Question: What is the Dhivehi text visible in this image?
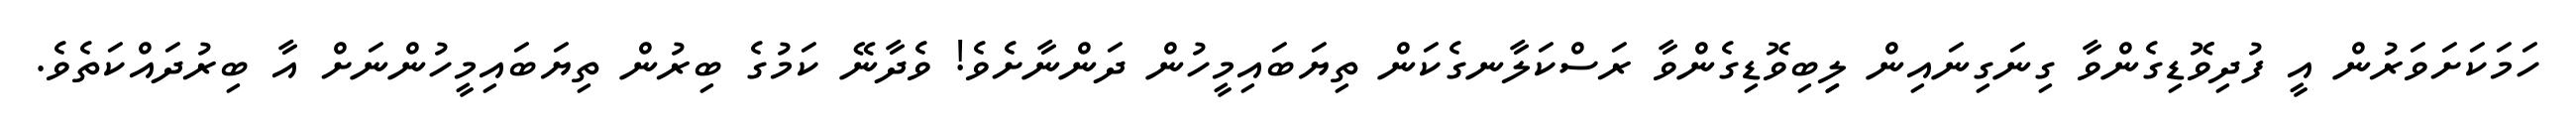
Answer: ހަމަކަށަވަރުން އީ ފުދިވޮޑިގެންވާ ގިނަގިނައިން ލިިބިވޮޑިގެންވާ ރަސްކަލާނގެކަން ތިޔަބައިމީހުން ދަންނާށެވެ! ވެދާނޭ ކަމުގެ ބިރުން ތިޔަބައިމީހުންނަށް އާ ބިރުދައްކަތެވެ.